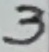
Text: 3